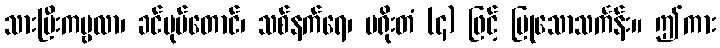
သားမြီးကမ္ဗလာ၊ ခင်ပုပ်တောင်၊ သစ်နက်ရေ၊ မရိုးတံ (၄) ဖြင့် ပြုသောသင်္ကန်း။ ဤကား